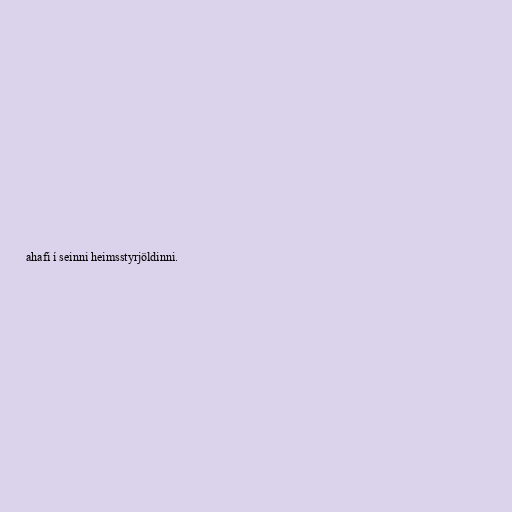
ahafi í seinni heimsstyrjöldinni.